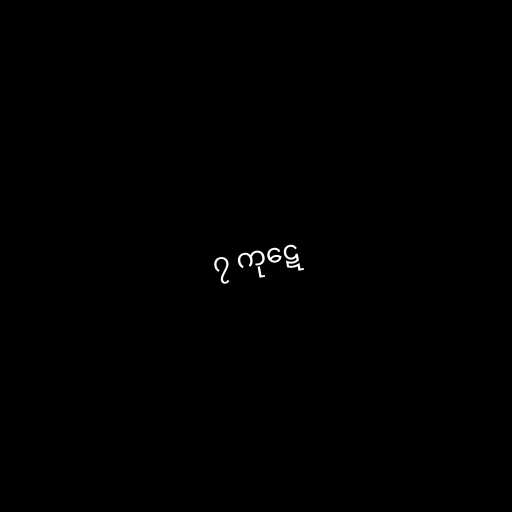
၇ ကုဋေ